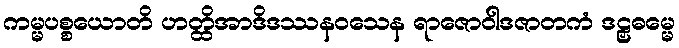
ကမ္မပစ္စယောတိ ဟတ္ထိအာဒိဒဿနဝသေန ရာဇောဝါဒဇာတကံ ဒဠှဓမ္မေ